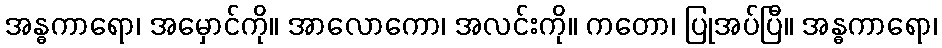
အန္ဓကာရော၊ အမှောင်ကို။ အာလောကော၊ အလင်းကို။ ကတော၊ ပြုအပ်ပြီ။ အန္ဓကာရော၊